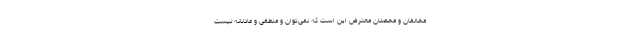
مخالفان و محصلان معترض این است که نمی‌توان و منطقی و عادلانه نیست